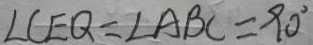
\angle C E Q = \angle A B C = 9 0 ^ { \circ }